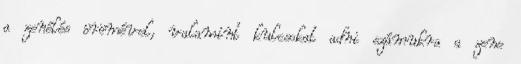
a zenélés örömével, valamint kulcsokat adni számukra a zene